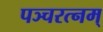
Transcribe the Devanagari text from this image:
पञ्चरत्नम्